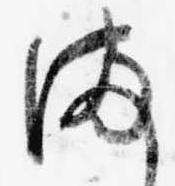
ま